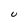
Character: U